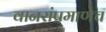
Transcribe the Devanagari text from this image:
वानरांप्रमाणेच